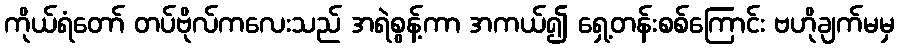
ကိုယ်ရံတော် တပ်ဗိုလ်ကလေးသည် အရဲစွန့်ကာ အကယ်၍ ရှေ့တန်းစစ်ကြောင်း ဗဟိုချက်မမှ